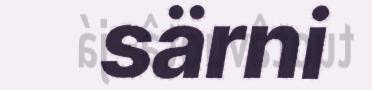
särni